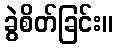
ခွဲစိတ်ခြင်း။